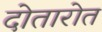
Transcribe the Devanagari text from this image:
दोतारोत